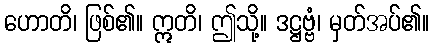
ဟောတိ၊ ဖြစ်၏။ ဣတိ၊ ဤသို့။ ဒဋ္ဌဗ္ဗံ၊ မှတ်အပ်၏။